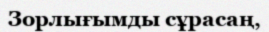
Зорлығымды сұрасаң,